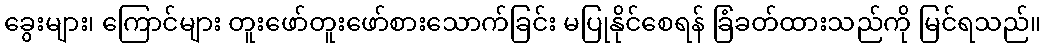
ခွေးများ၊ ကြောင်များ တူးဖော်တူးဖော်စားသောက်ခြင်း မပြုနိုင်စေရန် ခြံခတ်ထားသည်ကို မြင်ရသည်။